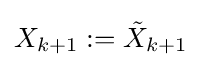
X_{k+1}:={\tilde {X}}_{k+1}